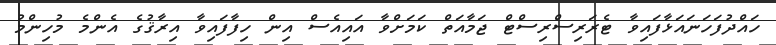
ހައްދުފަހަނައަޅާފައިވާ ޓެރަރިސްރިސްޓް ޖަމާއަތް ކަމަށްވާ އައިއެސް އިން ހިފާފައިވާ އިރާޤުގެ އެންމެ މުހިންމު